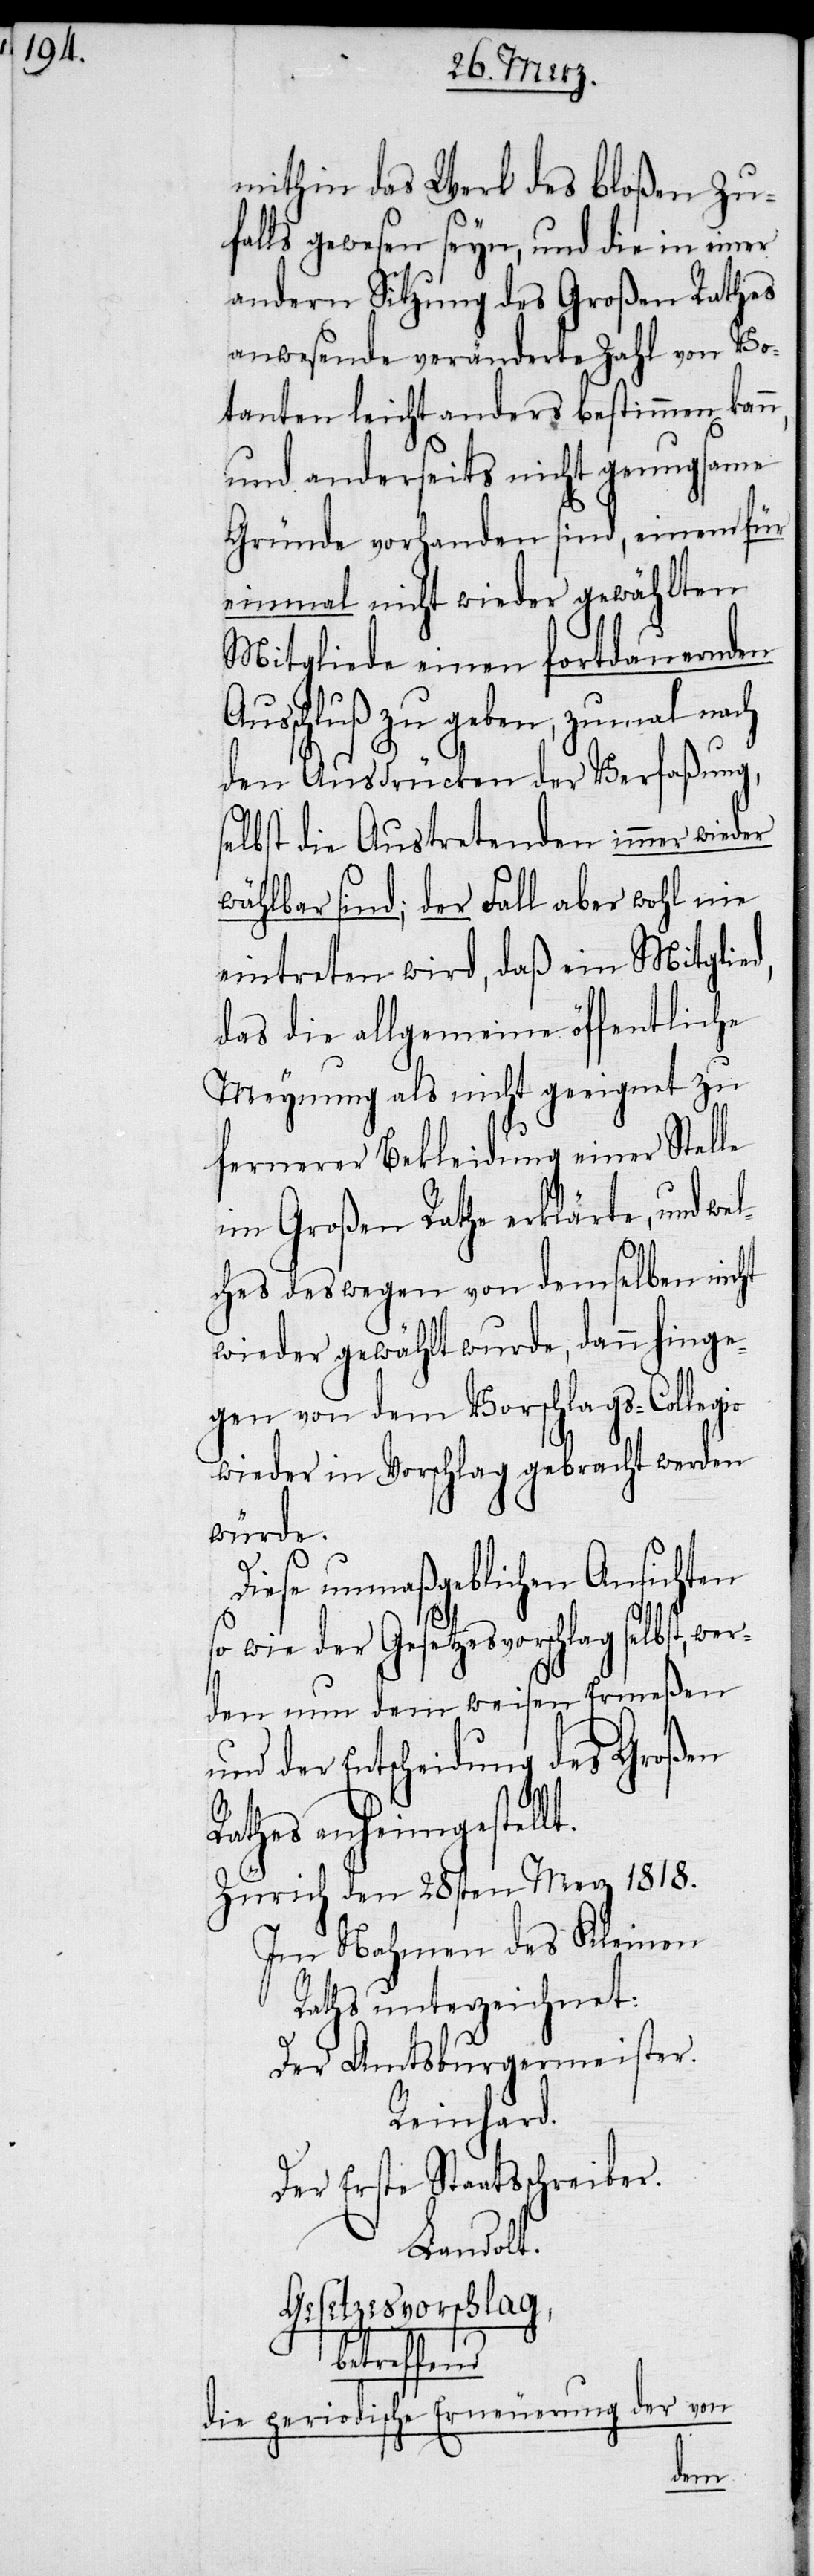
mithin das Werk des bloßen Zu¬
falls gewesen seyn, und die in einer
andern Sitzung des Großen Rathes
anwesende veränderte Zahl von Vo¬
tanten leicht anders bestimmen kann,
und anderseits nicht genugsame
Gründe vorhanden sind, einem für
einmal nicht wieder gewählten
Mitgliede einen fortdauernden
Ausschluß zu geben, zumal nach
den Ausdrücken der Verfaßung,
selbst die Austretenden immer wieder
wählbar sind; der Fall aber wohl nie
eintreten wird, daß ein Mitglie¬
das die allgemeine öffentliche
Meynung als nicht geeignet zu
fernerer Bekleidung einer Stelle
im Großen Rathe erklärte, und wel¬
ches deswegen von demselben nicht
wieder gewählt wurde, dann hinge¬
gen von dem Vorschlags-Collegio
wieder in Vorschlag gebracht werden
würde.
Diese unmaßgeblichen Ansichten
so wie der Gesetzesvorschlag selbst, we¬
rden nun dem weisen Ermeßen
und der Entscheidung des Großen
Rathes anheimgestellt.
Zürich den 28sten Merz 1818.
Im Nahmen des Kleinen
Raths unterzeichnet:
Der Amtsburgermeister.
Reinhard.
Der Erste Staatsschreiber.
Landolt.
Gesetzesvorschlag,
betreffend
die periodische Erneuerung der von
d,